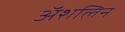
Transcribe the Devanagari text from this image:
अॅशलिन